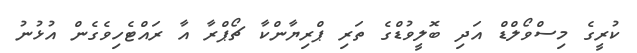
ކުރީގެ މިސްވޯލްޑް އަދި ބޮލީވުޑްގެ ތަރި ޕްރިޔާންކާ ޗޯޕްރާ އާ ރައްޓެހިވެގެން އުޅުނު